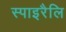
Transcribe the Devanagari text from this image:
स्पाइरैलि